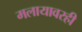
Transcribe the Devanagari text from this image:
मलायावरही